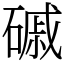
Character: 磩